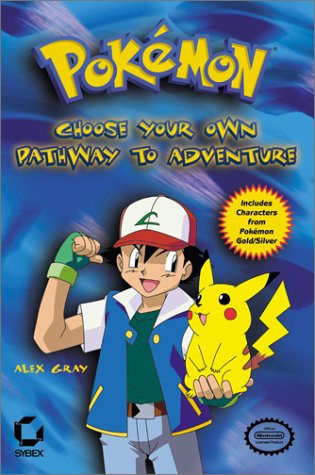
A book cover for PokÃ©mon: Choose Your Own Pathway to Adventure; Mike Nystul; Computers & Technology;